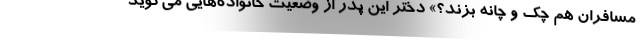
مسافران هم چك و چانه بزند؟» دختر اين پدر از وضعيت خانواده‌هايي مي‌گويد